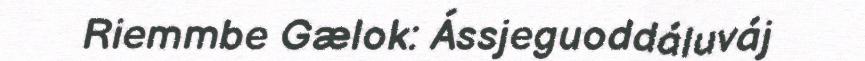
Riemmbe Gælok: Ássjeguoddáluváj